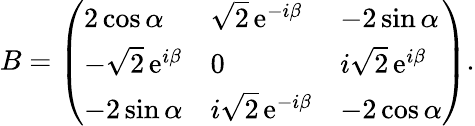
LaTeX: B=\left(\begin{array}{lll}{{2\cos\alpha}}&{{\sqrt{2}\, \mathrm{e}^{-i\beta}}}&{{-2\sin\alpha}}\\ {{-\sqrt{2}\, \mathrm{e}^{i\beta}}}&{{0}}&{{i\sqrt{2}\, \mathrm{e}^{i\beta}}}\\ {{-2\sin\alpha}}&{{i\sqrt{2}\, \mathrm{e}^{-i\beta}}}&{{-2\cos\alpha}}\end{array}\right).